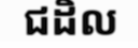
ជដិល